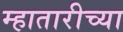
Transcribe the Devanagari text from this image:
म्हातारीच्या